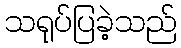
သရုပ်ပြခဲ့သည်